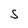
Character: S